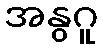
အနွဂူ